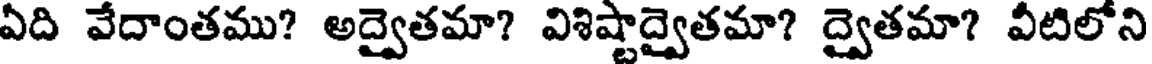
ఏది వేదాంతము? అద్వైతమా? విశిష్టాద్వైతమా? ద్వైతమా? వీటిలోని